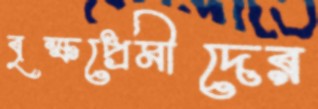
বৃক্ষপ্রেমীদের